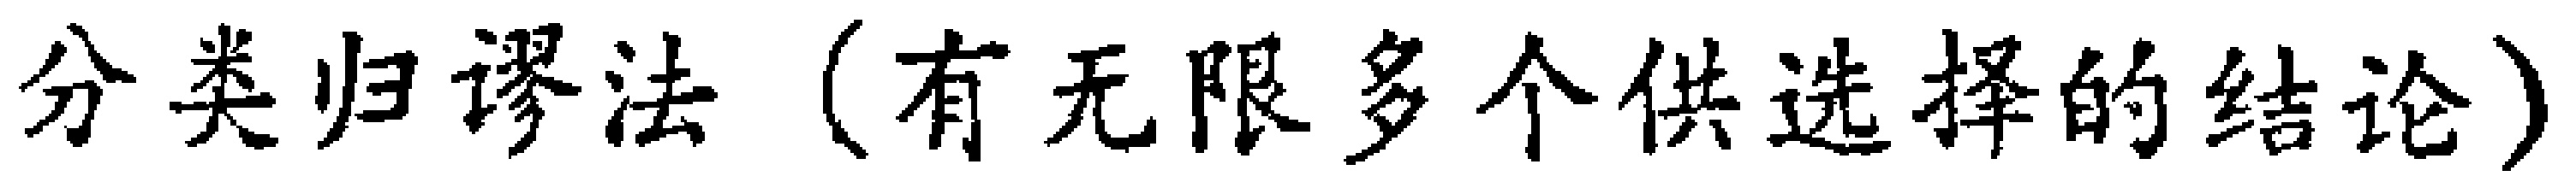
分类归谬法（有无限多个供选择的结论）